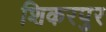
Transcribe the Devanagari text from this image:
शिकरपुर